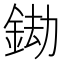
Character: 𨦲